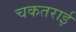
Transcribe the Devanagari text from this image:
चकतराई